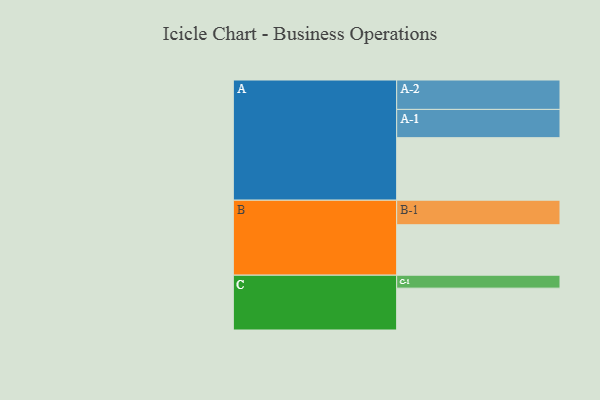
{"axis": {"x": "Segment", "y": "Value"}, "legend": ["", "A", "B", "C"], "data": [{"x": "A", "y": 502, "type": ""}, {"x": "B", "y": 405, "type": ""}, {"x": "C", "y": 336, "type": ""}, {"x": "A-1", "y": 227, "type": "A"}, {"x": "A-2", "y": 236, "type": "A"}, {"x": "B-1", "y": 197, "type": "B"}, {"x": "C-1", "y": 104, "type": "C"}]}